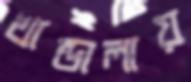
খান্ডালায়